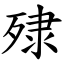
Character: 殔